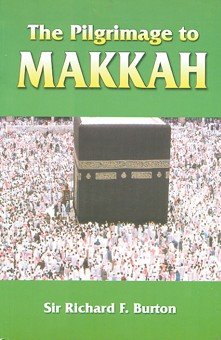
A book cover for Hajj Today: A Survey of the Contemporary Makkah Pilgrimage; David Edwin Long; Religion & Spirituality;